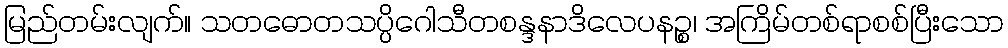
မြည်တမ်းလျက်။ သတဓောတသပ္ပိဂေါသီတစန္ဒနာဒိလေပနဉ္စ၊ အကြိမ်တစ်ရာစစ်ပြီးသော